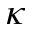
\kappa